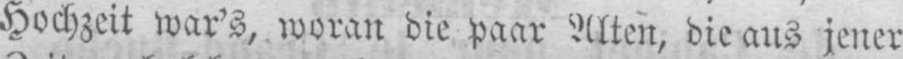
Hochzeit war’s, woran die paar Alten, die aus jener